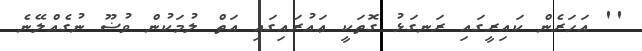
'' އަހަރެން ކައިރީގައި ރަނގަޅު ގޮތަކީ ޢައުރައިގައި އަތް ލުމަކުން ވުޟޫ ނުގެއްލޭނެ